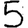
Digit: 5